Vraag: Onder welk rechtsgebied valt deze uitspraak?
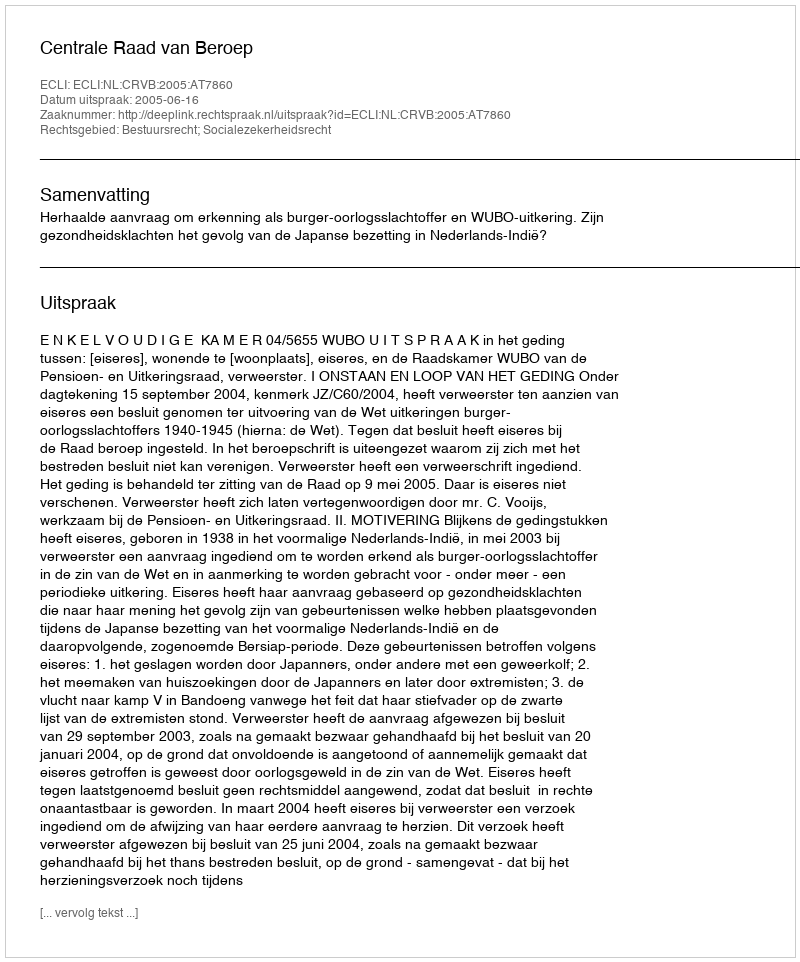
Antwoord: Bestuursrecht; Socialezekerheidsrecht